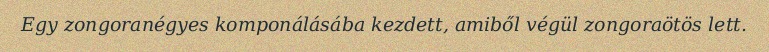
Egy zongoranégyes komponálásába kezdett, amiből végül zongoraötös lett.